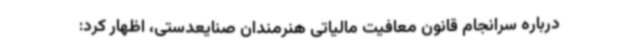
درباره سرانجام قانون معافیت مالیاتی هنرمندان صنایعدستی، اظهار کرد: